Cholera in southern India
Disease focus: Cholera
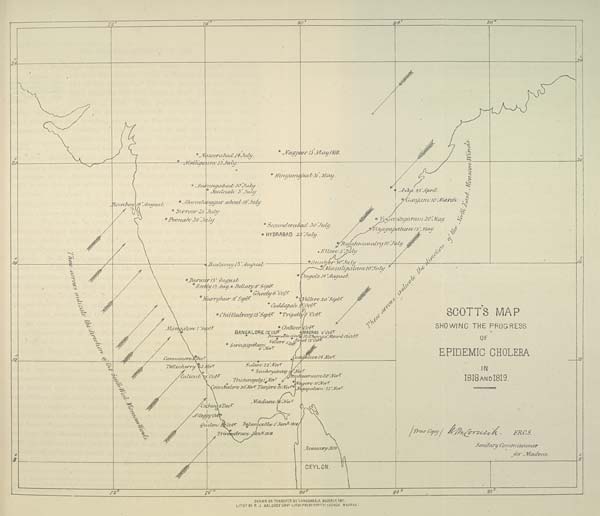
DRAWN ON TRANSFER BY V.VARDARAJA MOODELY, 1871.
LITHO: BY R.J. BALOREY GOVT. LITHO PRESS FORT ST. GEORGE MADRAS.